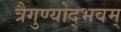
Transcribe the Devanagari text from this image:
त्रैगुण्योद्भवम्